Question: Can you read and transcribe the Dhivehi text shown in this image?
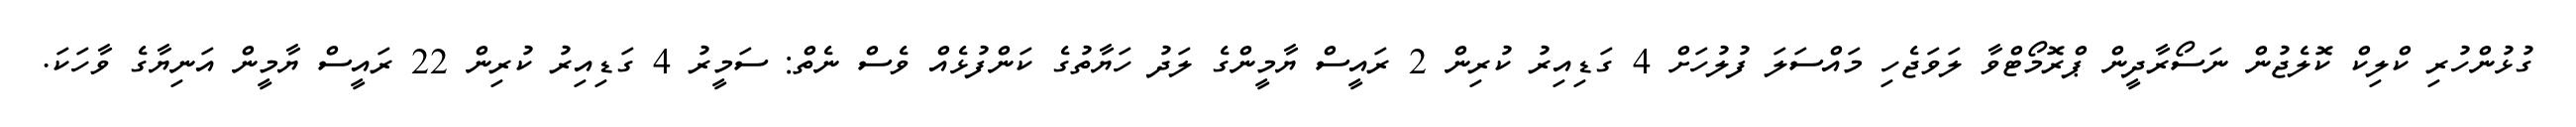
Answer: ގުޅުންހުރި ކްލިކް ކޮލެޖުން ނަސޯރާދީން ޕްރޮމޯޓްވާ ލަވަޖެހި މައްސަލަ ފުލުހަށް 4 ގަޑިއިރު ކުރިން 2 ރައީސް ޔާމީންގެ ލަދު ހަޔާތުގެ ކަންފުޅެއް ވެސް ނެތް: ސަމީރު 4 ގަޑިއިރު ކުރިން 22 ރައީސް ޔާމީން އަނިޔާގެ ވާހަކަ.